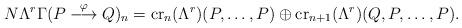
LaTeX: \begin{align*} N\Lambda^r\Gamma (P \stackrel{\varphi}{\longrightarrow } Q)_n = \operatorname{cr}_n(\Lambda^r)(P, \dots, P) \oplus \operatorname{cr}_{n+1}(\Lambda^r)(Q,P, \dots, P). \end{align*}